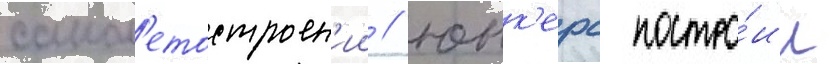
самол'етостроен'ии / юнк'ерс постро́ил